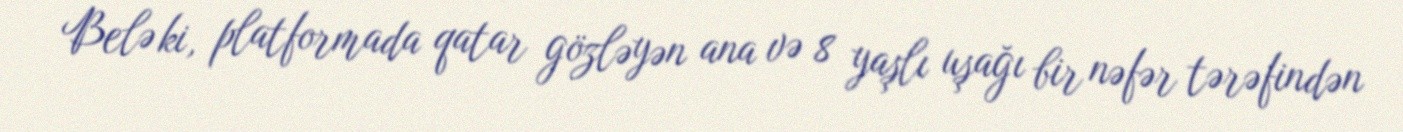
Belə ki, platformada qatar gözləyən ana və 8 yaşlı uşağı bir nəfər tərəfindən